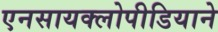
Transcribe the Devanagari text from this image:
एनसायक्लोपीडियाने